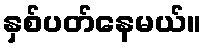
နှစ်ပတ်နေမယ်။